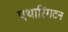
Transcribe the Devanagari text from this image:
एथारिंगटन